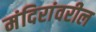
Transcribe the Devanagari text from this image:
मंदिरांवरील